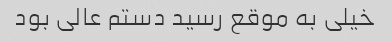
خیلی به موقع رسید دستم عالی بود